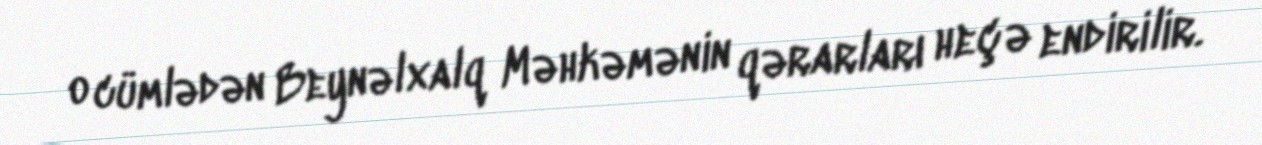
o cümlədən Beynəlxalq Məhkəmənin qərarları heçə endirilir.